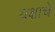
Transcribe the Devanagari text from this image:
यक्षाचे